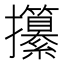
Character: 攥